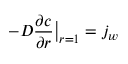
- D \frac { \partial c } { \partial r } \bigr | _ { r = 1 } = j _ { w }